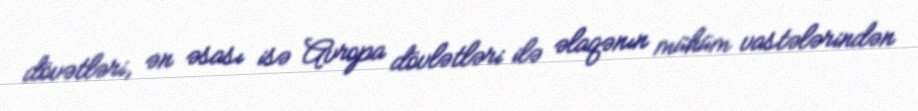
dövətləri, ən əsası isə Avropa dövlətləri ilə əlaqənın mühüm vastələrindən